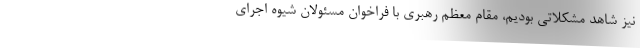
نیز شاهد مشکلاتی بودیم، مقام معظم رهبری با فراخوان مسئولان شیوه اجرای